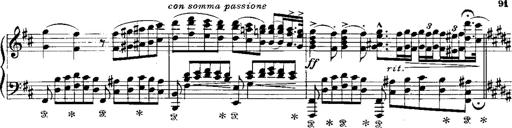
Title: RÃ©miniscences de Norma de Bellini
Composer: Franz Liszt